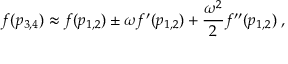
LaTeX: f ( p _ { 3 , 4 } ) \approx f ( p _ { 1 , 2 } ) \pm \omega f ^ { \prime } ( p _ { 1 , 2 } ) + \frac { \omega ^ { 2 } } { 2 } f ^ { \prime \prime } ( p _ { 1 , 2 } ) \; ,